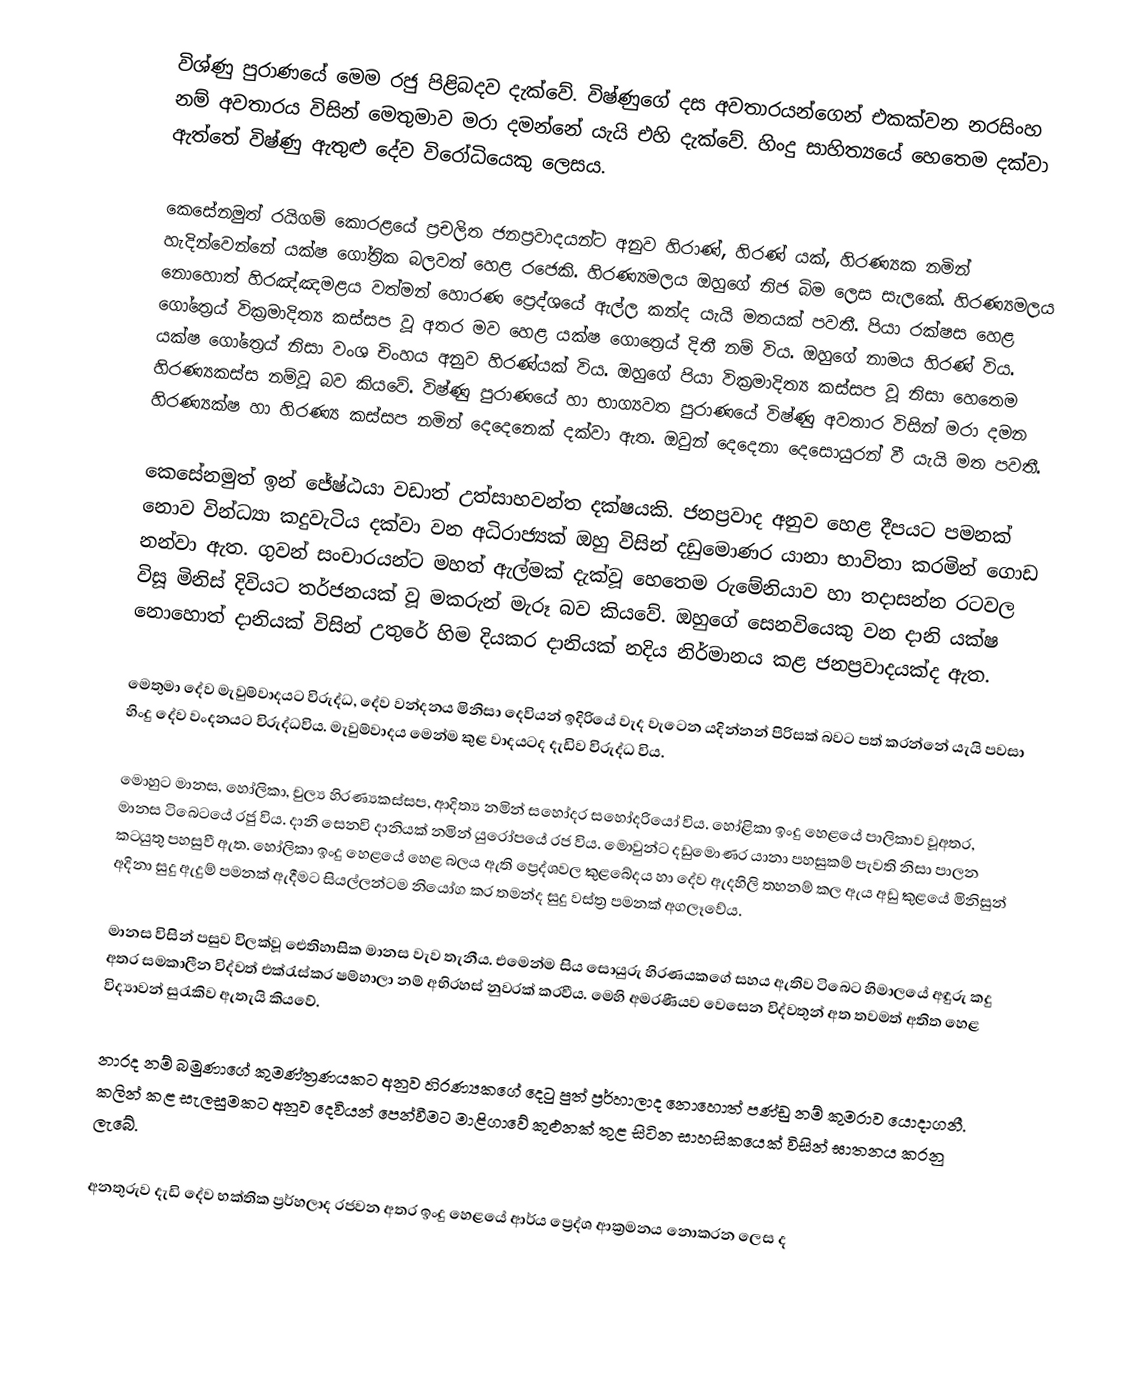
විශ්ණු පුරාණයේ මෙම රජු පිළිබදව දැක්වේ. විෂ්ණුගේ දස අවතාරයන්ගෙන් එකක්වන නරසිංහ නම් අවතාරය විසින් මෙතුමාව මරා දමන්නේ යැයි එහි දැක්වේ. හිංදු සාහිත්‍යයේ හෙතෙම දක්වා ඇත්තේ විෂ්ණු ඇතුළු දේව විරෝධියෙකු ලෙසය.

කෙසේනමුත් රයිගම් කොරළයේ ප්‍රචලිත ජනප්‍රවාදයන්ට අනුව හිරාණ්, හිරණ් යක්, හිරණ්‍යක නමින් හැදින්වෙන්නේ යක්ෂ ගෝත්‍රික බලවත් හෙළ රජෙකි. හිරණ්‍යමලය ඔහුගේ නිජ බිම ලෙස සැලකේ. හිරණ්‍යමලය නොහොත් හිරඤ්ඤමළය වත්මන් හොරණ ප්‍රෙද්ශයේ ඇල්ල කන්ද යැයි මතයක් පවතී. පියා රක්ෂස හෙළ ගෝත්‍රෙය් වික්‍රමාදිත්‍ය කස්සප වූ අතර මව හෙළ යක්ෂ ගොත්‍රෙය් දිතී නම් විය. ඔහුගේ නාමය හිරණ් විය. යක්ෂ ගෝත්‍රෙය් නිසා වංශ චිංහය අනුව හිරණ්යක් විය. ඔහුගේ පියා වික්‍රමාදිත්‍ය කස්සප වූ නිසා හෙතෙම හිරණ්‍යකස්ස නම්වූ බව කියවේ. විෂ්ණු පුරාණයේ හා භාග්‍යවත පුරාණයේ විෂ්ණු අවතාර විසින් මරා දමන හිරණ්‍යක්ෂ හා හිරණ්‍ය කස්සප නමින් දෙදෙනෙක් දක්වා ඇත. ඔවුන් දෙදෙනා දෙසොයුරන් වී යැයි මත පවතී.

කෙසේනමුත් ඉන් ජේෂ්ඨයා වඩාත් උත්සාහවන්ත දක්ෂයකි. ජනප්‍රවාද අනුව හෙළ දීපයට පමනක් නොව වින්ධ්‍යා කදුවැටිය දක්වා වන අධිරාජ්‍යක් ඔහු විසින් දඩුමොණර යානා භාවිතා කරමින් ගොඩ නන්වා ඇත. ගුවන් සංචාරයන්ට මහත් ඇල්මක් දැක්වූ හෙතෙම රුමේනියාව හා තදාසන්න රටවල විසූ මිනිස් දිවියට තර්ජනයක් වූ මකරුන් මැරූ බව කියවේ. ඔහුගේ සෙනවියෙකු වන දානි යක්ෂ නොහොත් දානියක් විසින් උතුරේ හිම දියකර දානියක් නදිය නිර්මානය කළ ජනප්‍රවාදයක්ද ඇත.

මෙතුමා දේව මැවුම්වාදයට විරුද්ධ, දේව වන්දනය මිනිසා දෙවියන් ඉදිරියේ වැද වැටෙන යදින්නන් පිරිසක් බවට පත් කරන්නේ යැයි පවසා හිංදු දේව වංදනයට විරුද්ධවිය. මැවුම්වාදය මෙන්ම කුළ වාදයටද දැඩිව විරුද්ධ විය.

මොහුට මානස, හෝලිකා, චුල්‍ය හිරණ්‍යකස්සප, ආදිත්‍ය නමින් සහෝදර සහෝදරියෝ විය. හෝළිකා ඉංදු හෙළයේ පාලිකාව වූඅතර, මානස ටිබෙටයේ රජු විය. දානි සෙනවි දානියක් නමින් යුරෝපයේ රජ විය. මොවුන්ට දඩුමොණර යානා පහසුකම් පැවති නිසා පාලන කටයුතු පහසුවී ඇත. හෝලිකා ඉංදු හෙළයේ හෙළ බලය ඇති ප්‍රෙද්ශවල කුළබේදය හා දේව ඇදහිලි තහනම් කල ඇය අඩු කුළයේ මිනිසුන් අදිනා සුදු ඇදුම් පමනක් ඇදීමට සියල්ලන්ටම නියෝග කර තමන්ද සුදු වස්ත්‍ර පමනක් අගලෑවේය.

මානස විසින් පසුව විලක්වූ ඓතිහාසික මානස වැව තැනීය. එමෙන්ම සිය සොයුරු හිරණයකගේ සහය ඇතිව ටිබෙට හිමාලයේ අඳුරු කදු අතර සමකාලීන විද්වත් එක්රැස්කර ෂම්හාලා නම් අභිරහස් නුවරක් කරවීය. මෙහි අමරණීයව වෙසෙන විද්වතුන් අත තවමත් අතිත හෙළ විද්‍යාවන් සුරැකිව ඇතැයි කියවේ.

නාරද නම් බමුණාගේ කුමණ්ත්‍රණයකට අනුව හිරණ්‍යකගේ දෙටු පුත් ප්‍රර්හාලාද නොහොත් පණ්ඩු නම් කුමරාව යොදාගනී. කලින් කළ සැලසුමකට අනුව දෙවියන් පෙන්වීමට මාළිගාවේ කුළුනක් තුළ සිටින සාහසිකයෙක් විසින් ඝාතනය කරනු ලැබේ.

අනතුරුව දැඩි දේව භක්තික ප්‍රර්හලාද රජවන අතර ඉංදු හෙළයේ ආර්ය ප්‍රෙද්ශ ආක්‍රමනය නොකරන ලෙස ද